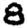
Digit: 8